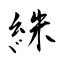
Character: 絑